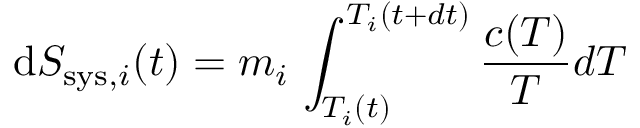
\mathrm { d } S _ { \mathrm { s y s } , i } ( t ) = m _ { i } \, \int _ { T _ { i } ( t ) } ^ { T _ { i } ( t + d t ) } \frac { c ( T ) } { T } d T